Report of the Indian Hemp Drugs Commission, 1894-1895 - Volume I
Year: 1894
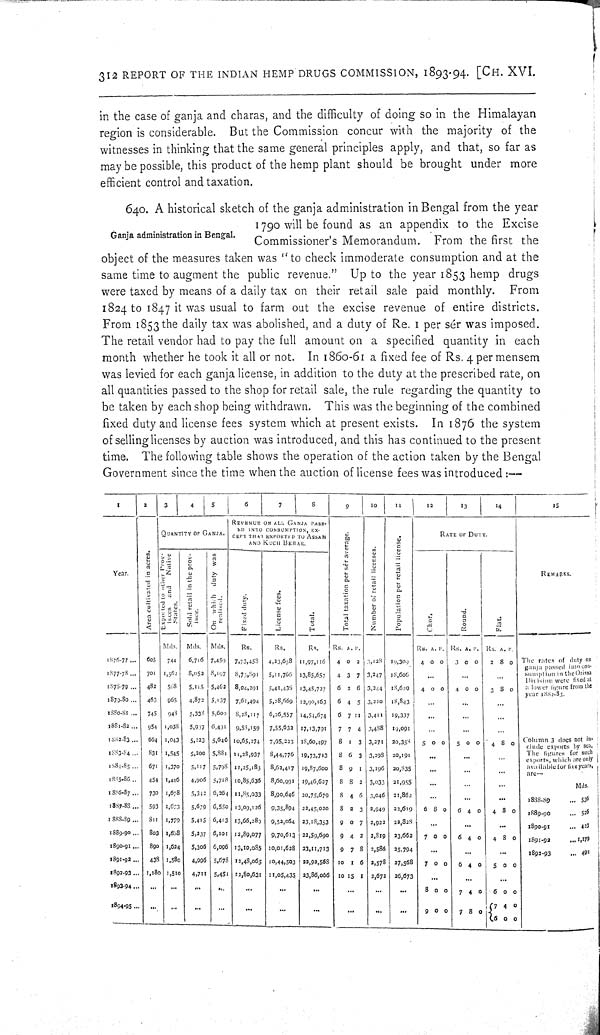
312 REPORT OF THE INDIAN HEMP DRUGS COMMISSION, 1893-94. [CH. XVI.
in the case of ganja and charas, and the difficulty of doing so in the Himalayan
region is considerable. But the Commission concur with the majority of the
witnesses in thinking that the same general principles apply, and that, so far as
may be possible, this product of the hemp plant should be brought under more
efficient control and taxation.
Ganja administration in Bengal.
640. A historical sketch of the ganja administration in Bengal from the year
1790 will be found as an appendix to the Excise
Commissioner's Memorandum. From the first the
object of the measures taken was "to check immoderate consumption and at the
same time to augment the public revenue." Up to the year 1853 hemp drugs
were taxed by means of a daily tax on their retail sale paid monthly.
From
1824 to 1847 it was usual to farm out the excise revenue of entire districts.
From 1853 the daily tax was abolished, and a duty of Re. 1 per sér was imposed.
The retail vendor had to pay the full amount on a specified quantity in each
month whether he took it all or not. In 1860-61 a fixed fee of Rs. 4 per mensem
was levied for each ganja license, in addition to the duty at the prescribed rate, on
all quantities passed to the shop for retail sale, the rule regarding the quantity to
be taken by each shop being withdrawn. This was the beginning of the combined
fixed duty and license fees system which at present exists. In 1876 the system
of selling licenses by auction was introduced, and this has continued to the present
time. The following table shows the operation of the action taken by the Bengal
Government since the time when the auction of license fees was introduced:—
1
2
3
4
5
6
7
8
9
10
11
12
13
14
15
Year.
Area cultivated in acres.
QUANTITY OF GANJA.
REVENUE ON ALL GANJA PASS-
ED INTO CONSUMPTION, EX-
CEPT THAT EXPORTED TO ASSAM
AND KUCH BEHAR.
Total taxation per sér average.
Number of retail licenses.
Population per retail license.
RATE OF
DUTY.
REMARKS
.
Year.
Area cultivated in acres.
Exported to other Prov-
inces and Native
States.
Sold retail in the prov-
ince.
On which duty was
realised.
Fixed duty. License fees. Total.
Total taxation per sér average.
Number of retail licenses.
Population per retail license.
Chur.
Round.
Flat.
REMARKS
.
Mds. Mds. Mds.
Rs.
Rs.
Rs.
Rs. A.. P.
Rs.
A. P. Rs. A.
P. Rs.
A. P.
1876-77
605 744
6,716 7,459 7,73,458
4,23,658 11,97,116
4 0 2 3,128 10,309
4 0 0 3 0 0 2 8 0 The rates of duty on
ganja passed into con-
sumption in the Orissa
Division were fixed at
a lower figure from the
year 1882-83.
1877-78
701 1,562 8,052 8,197 8,73,891
5,11,766 13,85,657
4 3 7 3,247 18,606
The rates of duty on
ganja passed into con-
sumption in the Orissa
Division were fixed at
a lower figure from the
year 1882-83.
1878-79
482
568
5,115 5,462 8,04,291 5,41,436 13,45,727
6 2 6 3,244 18,629
4 0 0
4 0 0
3 8 0
The rates of duty on
ganja passed into con-
sumption in the Orissa
Division were fixed at
a lower figure from the
year 1882-83.
1879-80
463
965
4,872 5,137 7,61,494
5,28,669 12,90,163
6 4 5 3,210 18,843
1880-81
745 948
5,333 5,600 8,28,117
6,26,557 14,54,674
6 7 11 3,411 19,337
1881-82
954 1,038
5,937 6,431 9,58,159
7,55,633 17,13,791 7 7 4 3,488 19,091
1882-83
664 1,043
5,223 5,646 10,65,274 7,95,223 18,60,497
8 1 3 3,271 20,358
5 0 0
5 0 0
4 8 0
Column 3 does not in-
clude exports by sea,
The figures for such
exports, which are only
available for five years
are—
1883-84
831 1,545
5,200 5,881 11,28,937 8,44,776 19,73,713
8 6 3 3,298 20,191
Column 3 does not in-
clude exports by sea,
The figures for such
exports, which are only
available for five years
are—
1884-85
671 1,370
5,117 5,798 11,25,183 8,62,417 19,87,600
8 9 1 3,196 20,835
Column 3 does not in-
clude exports by sea,
The figures for such
exports, which are only
available for five years
are—
1885-86
454 1,446
4,906 5,718 10,85,636 8,60,991 19,46,627
8 8 2 3,033 21,955
Mds.
1886-87
730 1,678
5,342 6,264 11,85,033 8,90,646 20,75,679
8 4 6 3,046 21,862
1888-89
536
1887-88
593 1,673
5,679 6,550 13,09,126
9,35,894 22,45,020
8 2 3 2,949 22,619
6 8 0
6 4 0
4 8 0
1889-90
526
1888-89
811 1,779
5,415 6,413 13,66,289 9,52,064 23,18,353
9 0 7 2,922 22,828
1890-91
423
1889-90
803 1,658 5,237 6,101 12,89,077
9,70,613 22,59,690
9 4 2 2,819 23,662
7 0 0
6 4 0
4 8 0
1891-92
1,179
1890-91
890 1,624
5,306 6,096 13,10,085 10,01,628 23,11,713
9 7 8 2,586 25,794
1892-93
492
1891-92
438 1,580
4,996 5,678 12,48,065 10,44,503 22,92,568 10 1 6 2,578 27,568
7 0 0
6 4 0
5 0 0
1892-93
1,180 1,510
4,711 5,451 12,80,631 11,05,435 23,86,066 10 15 1
2,672 26,673
1893-94
8 0 0
7 4 0
6 0 0
1894-95
9 0 0 7 8 0
7
4 0
6 0 0